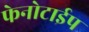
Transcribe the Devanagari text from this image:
फेनोटाईप